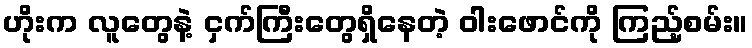
ဟိုးက လူတွေနဲ့ ငှက်ကြီးတွေရှိနေတဲ့ ဝါးဖောင်ကို ကြည့်စမ်း။